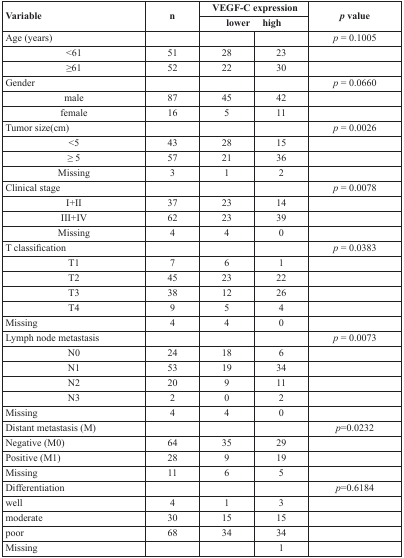
| <ROWSPAN=2> Variable | <ROWSPAN=2> n | <COLSPAN=2> VEGF-C expression | <ROWSPAN=2> p value |
 | lower | high |
 | --- | --- | --- | --- | --- |
 | Age (years) |  |  |  | p = 0.1005 |
 | <61 | 51 | 28 | 23 |  |
 | ≥61 | 52 | 22 | 30 |  |
 | Gender |  |  |  | p = 0.0660 |
 | male | 87 | 45 | 42 |  |
 | female | 16 | 5 | 11 |  |
 | Tumor size(cm) |  |  |  | p = 0.0026 |
 | <5 | 43 | 28 | 15 |  |
 | ≥ 5 | 57 | 21 | 36 |  |
 | Missing | 3 | 1 | 2 |  |
 | Clinical stage |  |  |  | p = 0.0078 |
 | I+II | 37 | 23 | 14 |  |
 | III+IV | 62 | 23 | 39 |  |
 | Missing | 4 | 4 | 0 |  |
 | T classification |  |  |  | p = 0.0383 |
 | T1 | 7 | 6 | 1 |  |
 | T2 | 45 | 23 | 22 |  |
 | T3 | 38 | 12 | 26 |  |
 | T4 | 9 | 5 | 4 |  |
 | Missing | 4 | 4 | 0 |  |
 | Lymph node metastasis |  |  |  | p = 0.0073 |
 | N0 | 24 | 18 | 6 |  |
 | N1 | 53 | 19 | 34 |  |
 | N2 | 20 | 9 | 11 |  |
 | N3 | 2 | 0 | 2 |  |
 | Missing | 4 | 4 | 0 |  |
 | Distant metastasis (M) |  |  |  | p=0.0232 |
 | Negative (M0) | 64 | 35 | 29 |  |
 | Positive (M1) | 28 | 9 | 19 |  |
 | Missing | 11 | 6 | 5 |  |
 | Differentiation |  |  |  | p = 0.6184 |
 | well | 4 | 1 | 3 |  |
 | moderate | 30 | 15 | 15 |  |
 | poor | 68 | 34 | 34 |  |
 | Missing |  |  | 1 |  |